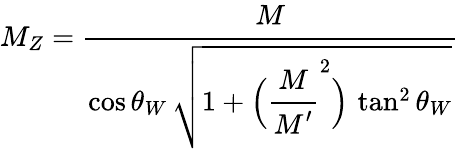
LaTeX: M_{Z}=\frac{\strut\displaystyle M}{\strut\displaystyle\cos\theta_{W}\, \sqrt{1+\Bigl(\frac{\strut\displaystyle M}{\strut\displaystyle M^{\prime}}^{2}\Bigr)\, \tan^{2}\theta_{W}}}